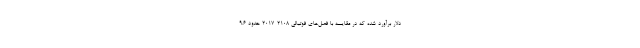
دلار برآورد شده که در مقایسه با فصل‌های فوتبالی 2108-2017 حدود 9.6